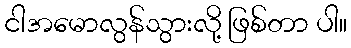
ငါအမောလွန်သွားလို့ ဖြစ်တာ ပါ။